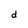
Character: d